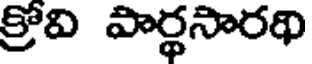
క్రోవి పార్థసారథి